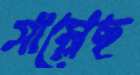
সাম্‌লেছ